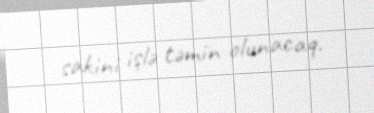
sakini işlə təmin olunacaq.